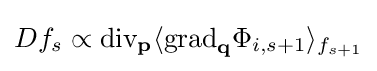
Df_{s}\propto {\text{div}}_{\mathbf {p} }\langle {\text{grad}}_{\mathbf {q} }\Phi _{i,s+1}\rangle _{f_{s+1}}